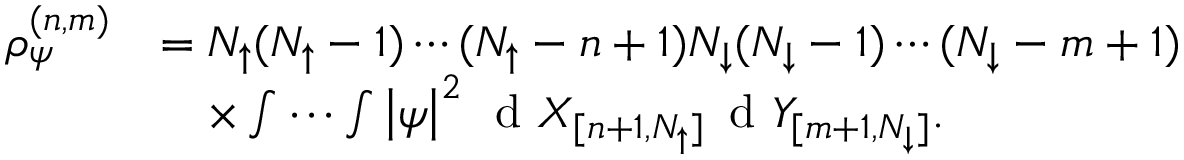
\begin{array} { r l } { \rho _ { \psi } ^ { ( n , m ) } } & { = N _ { \uparrow } ( N _ { \uparrow } - 1 ) \cdots ( N _ { \uparrow } - n + 1 ) N _ { \downarrow } ( N _ { \downarrow } - 1 ) \cdots ( N _ { \downarrow } - m + 1 ) } \\ & { \quad \times \idotsint \left\vert \psi \right\vert ^ { 2 } \, \textnormal { d } X _ { [ n + 1 , N _ { \uparrow } ] } \, \textnormal { d } Y _ { [ m + 1 , N _ { \downarrow } ] } . } \end{array}